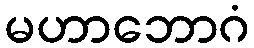
မဟာဘောဂံ